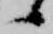
候